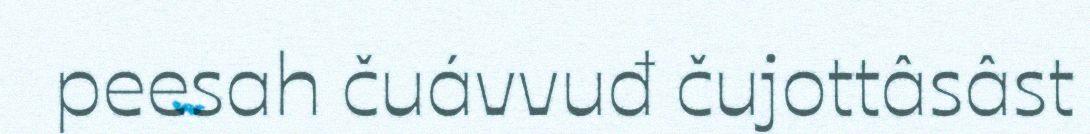
peesah čuávvuđ čujottâsâst